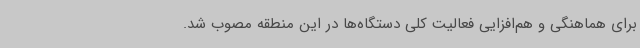
برای هماهنگی و هم‌افزایی فعالیت کلی دستگاه‌ها در این منطقه مصوب شد.